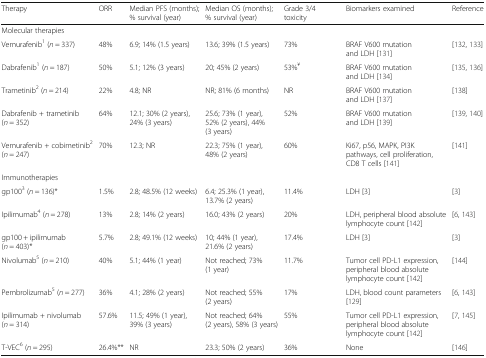
<table><thead><tr><td><b>Therapy</b></td><td><b>ORR</b></td><td><b>Median PFS (months); % survival (year)</b></td><td><b>Median OS (months); % survival (year)</b></td><td><b>Grade 3/4 toxicity</b></td><td><b>Biomarkers examined</b></td><td><b>Reference</b></td></tr></thead><tbody><tr><td colspan="7">Molecular therapies</td></tr><tr><td>Vemurafenib<sup>1</sup> (<i>n</i> = 337)</td><td>48%</td><td>6.9; 14% (1.5 years)</td><td>13.6; 39% (1.5 years)</td><td>73%</td><td>BRAF V600 mutation and LDH [131]</td><td>[132, 133]</td></tr><tr><td>Dabrafenib<sup>1</sup> (<i>n</i> = 187)</td><td>50%</td><td>5.1; 12% (3 years)</td><td>20; 45% (2 years)</td><td>53%<sup>¥</sup></td><td>BRAF V600 mutation and LDH [134]</td><td>[135, 136]</td></tr><tr><td>Trametinib<sup>2</sup> (<i>n</i> = 214)</td><td>22%</td><td>4.8; NR</td><td>NR; 81% (6 months)</td><td>NR</td><td>BRAF V600 mutation and LDH [137]</td><td>[138]</td></tr><tr><td>Dabrafenib + trametinib (<i>n</i> = 352)</td><td>64%</td><td>12.1; 30% (2 years), 24% (3 years)</td><td>25.6; 73% (1 year), 52% (2 years), 44% (3 years)</td><td>52%</td><td>BRAF V600 mutation and LDH [139]</td><td>[139, 140]</td></tr><tr><td>Vemurafenib + cobimetinib<sup>2</sup>(<i>n</i> = 247)</td><td>70%</td><td>12.3; NR</td><td>22.3; 75% (1 year), 48% (2 years)</td><td>60%</td><td>Ki67, p56, MAPK, PI3K pathways, cell proliferation, CD8 T cells [141]</td><td>[141]</td></tr><tr><td colspan="7">Immunotherapies</td></tr><tr><td>gp100<sup>3</sup> (<i>n</i> = 136)*</td><td>1.5%</td><td>2.8; 48.5% (12 weeks)</td><td>6.4; 25.3% (1 year), 13.7% (2 years)</td><td>11.4%</td><td>LDH [3]</td><td>[3]</td></tr><tr><td>Ipilimumab<sup>4</sup> (<i>n</i> = 278)</td><td>13%</td><td>2.8; 14% (2 years)</td><td>16.0; 43% (2 years)</td><td>20%</td><td>LDH, peripheral blood absolute lymphocyte count [142]</td><td>[6, 143]</td></tr><tr><td>gp100 + ipilimumab (<i>n</i> = 403)*</td><td>5.7%</td><td>2.8; 49.1% (12 weeks)</td><td>10; 44% (1 year), 21.6% (2 years)</td><td>17.4%</td><td>LDH [3]</td><td>[3]</td></tr><tr><td>Nivolumab<sup>5</sup> (<i>n</i> = 210)</td><td>40%</td><td>5.1; 44% (1 year)</td><td>Not reached; 73% (1 year)</td><td>11.7%</td><td>Tumor cell PD-L1 expression, peripheral blood absolute lymphocyte count [142]</td><td>[144]</td></tr><tr><td>Pembrolizumab<sup>5</sup> (<i>n</i> = 277)</td><td>36%</td><td>4.1; 28% (2 years)</td><td>Not reached; 55% (2 years)</td><td>17%</td><td>LDH, blood count parameters [129]</td><td>[6, 143]</td></tr><tr><td>Ipilimumab + nivolumab (<i>n</i> = 314)</td><td>57.6%</td><td>11.5; 49% (1 year), 39% (3 years)</td><td>Not reached; 64% (2 years), 58% (3 years)</td><td>55%</td><td>Tumor cell PD-L1 expression, peripheral blood absolute lymphocyte count [142]</td><td>[7, 145]</td></tr><tr><td>T-VEC<sup>6</sup> (<i>n</i> = 295)</td><td>26.4%**</td><td>NR</td><td>23.3; 50% (2 years)</td><td>36%</td><td>None</td><td>[146]</td></tr></tbody></table>